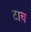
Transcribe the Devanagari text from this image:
टाच